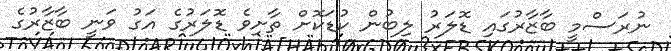
ނުރަސްމީ ބާޒާރުގައި ޑޮލަރު ލިބުން ކުޑަކޮށް ތާށިވެ ޑޮލަރުގެ އަގު ވަނީ ބާޒާރުގެ